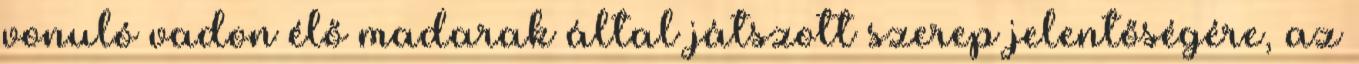
vonuló vadon élő madarak által játszott szerep jelentőségére, az